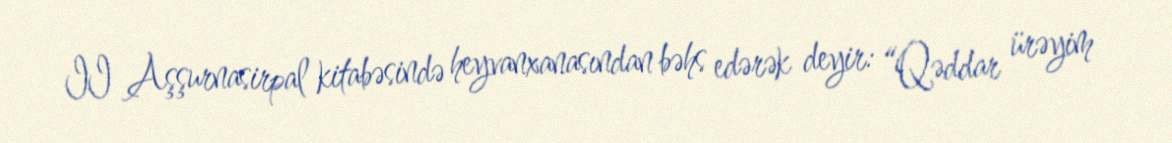
II Aşşurnasirpal kitabəsində heyvanxanasından bəhs edərək deyir: “Qəddar ürəyim